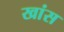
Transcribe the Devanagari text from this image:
खांस